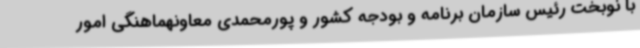
با نوبخت رئیس سازمان برنامه و بودجه کشور و پورمحمدی معاونهماهنگی امور